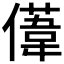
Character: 𫣤